Lunatic asylums Central Provinces reports 1895-1909 - 1895-1909
Year: 1895
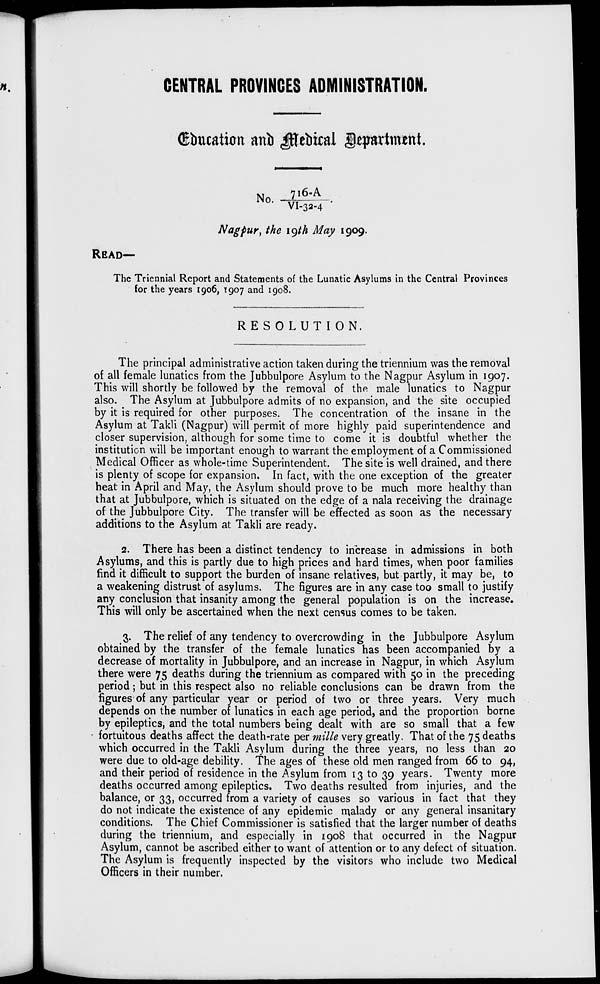
CENTRAL PROVINCES ADMINISTRATION.
Education and Medical Department.
No.
716-A/VI-32-4
Nagpur, the 19th May 1909.
READ—
The Triennial Report and Statements of the Lunatic Asylums in the Central Provinces
for the years 1906, 1907 and 1908.
RESOLUTION.
The principal administrative action taken during the triennium was the removal
of all female lunatics from the Jubbulpore Asylum to the Nagpur Asylum in 1907.
This will shortly be followed by the removal of the male lunatics to Nagpur
also. The Asylum at Jubbulpore admits of no expansion, and the site occupied
by it is required for other purposes. The concentration of the insane in the
Asylum at Takli (Nagpur) will permit of more highly paid superintendence and
closer supervision, although for some time to come it is doubtful whether the
institution will be important enough to warrant the employment of a Commissioned
Medical Officer as whole-time Superintendent. The site is well drained, and there
is plenty of scope for expansion. In fact, with the one exception of the greater
heat in April and May, the Asylum should prove to be much more healthy than
that at Jubbulpore, which is situated on the edge of a nala receiving the drainage
of the Jubbulpore City. The transfer will be effected as soon as the necessary
additions to the Asylum at Takli are ready.
2. There has been a distinct tendency to increase in admissions in both
Asylums, and this is partly due to high prices and hard times, when poor families
find it difficult to support the burden of insane relatives, but partly, it may be, to
a weakening distrust of asylums. The figures are in any case too small to justify
any conclusion that insanity among the general population is on the increase.
This will only be ascertained when the next census comes to be taken.
3. The relief of any tendency to overcrowding in the Jubbulpore Asylum
obtained by the transfer of the female lunatics has been accompanied by a
decrease of mortality in Jubbulpore, and an increase in Nagpur, in which Asylum
there were 75 deaths during the triennium as compared with 50 in the preceding
period ; but in this respect also no reliable conclusions can be drawn from the
figures of any particular year or period of two or three years. Very much
depends on the number of lunatics in each age period, and the proportion borne
by epileptics, and the total numbers being dealt with are so small that a few
fortuitous deaths affect the death-rate per mille very greatly. That of the 75 deaths
which occurred in the Takli Asylum during the three years, no less than 20
were due to old-age debility. The ages of these old men ranged from 66 to 94,
and their period of residence in the Asylum from 13 to 39 years. Twenty more
deaths occurred among epileptics. Two deaths resulted from injuries, and the
balance, or 33, occurred from a variety of causes so various in fact that they
do not indicate the existence of any epidemic malady or any general insanitary
conditions. The Chief Commissioner is satisfied that the larger number of deaths
during the triennium, and especially in 1908 that occurred in the Nagpur
Asylum, cannot be ascribed either to want of attention or to any defect of situation.
The Asylum is frequently inspected by the visitors who include two Medical
Officers in their number.